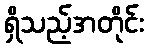
ရှိသည့်အတိုင်း